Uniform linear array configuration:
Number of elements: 24
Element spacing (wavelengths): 1
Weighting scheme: exponential
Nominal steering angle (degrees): -15
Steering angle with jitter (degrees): -16.822
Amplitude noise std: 0.05
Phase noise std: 0.05

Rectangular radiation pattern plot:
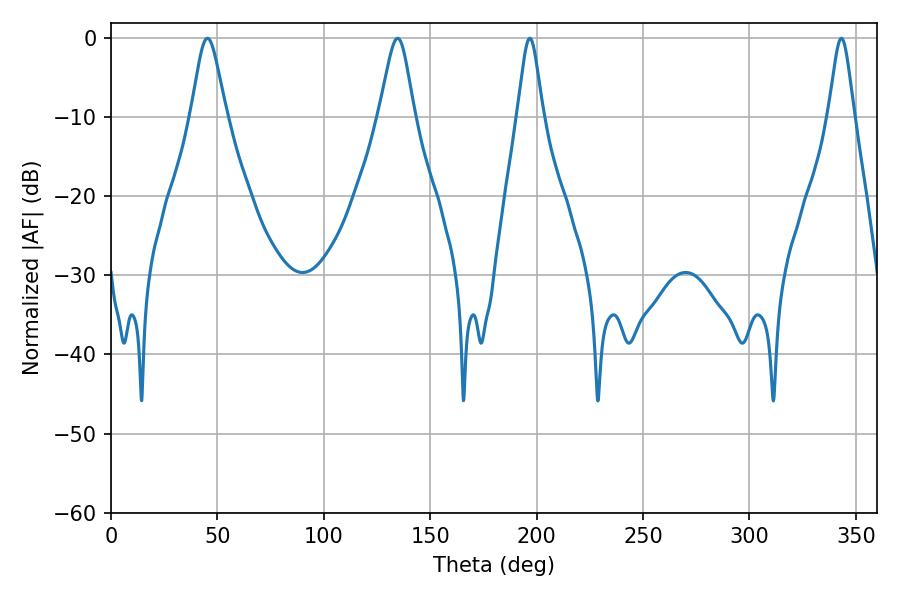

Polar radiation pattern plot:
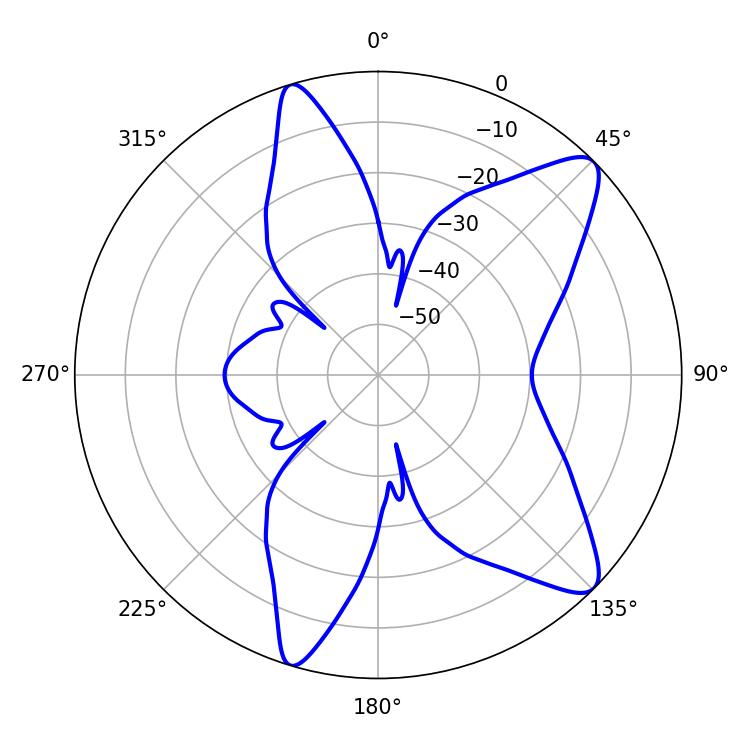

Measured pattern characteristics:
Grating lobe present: TRUE
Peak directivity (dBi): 10.603
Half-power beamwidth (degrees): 8.1
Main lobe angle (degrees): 45.36